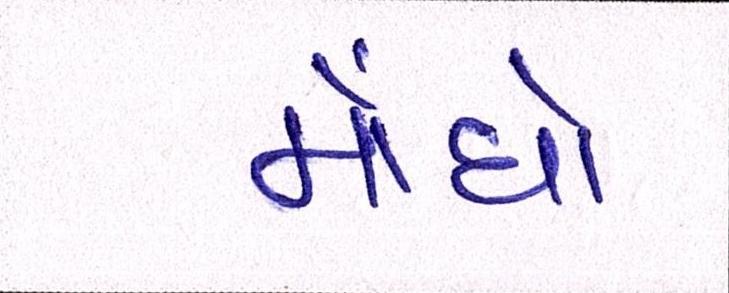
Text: મોંઘો